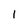
Character: l